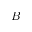
B